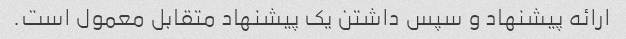
ارائه پیشنهاد و سپس داشتن یک پیشنهاد متقابل معمول است.